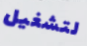
لتشغيل